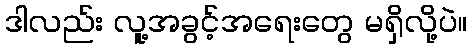
ဒါလည်း လူ့အခွင့်အရေးတွေ မရှိလို့ပဲ။